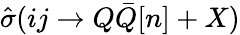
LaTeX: \hat{\sigma}(ij\to Q\bar{Q}[n]+X)